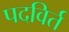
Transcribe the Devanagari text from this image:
पदविर्त